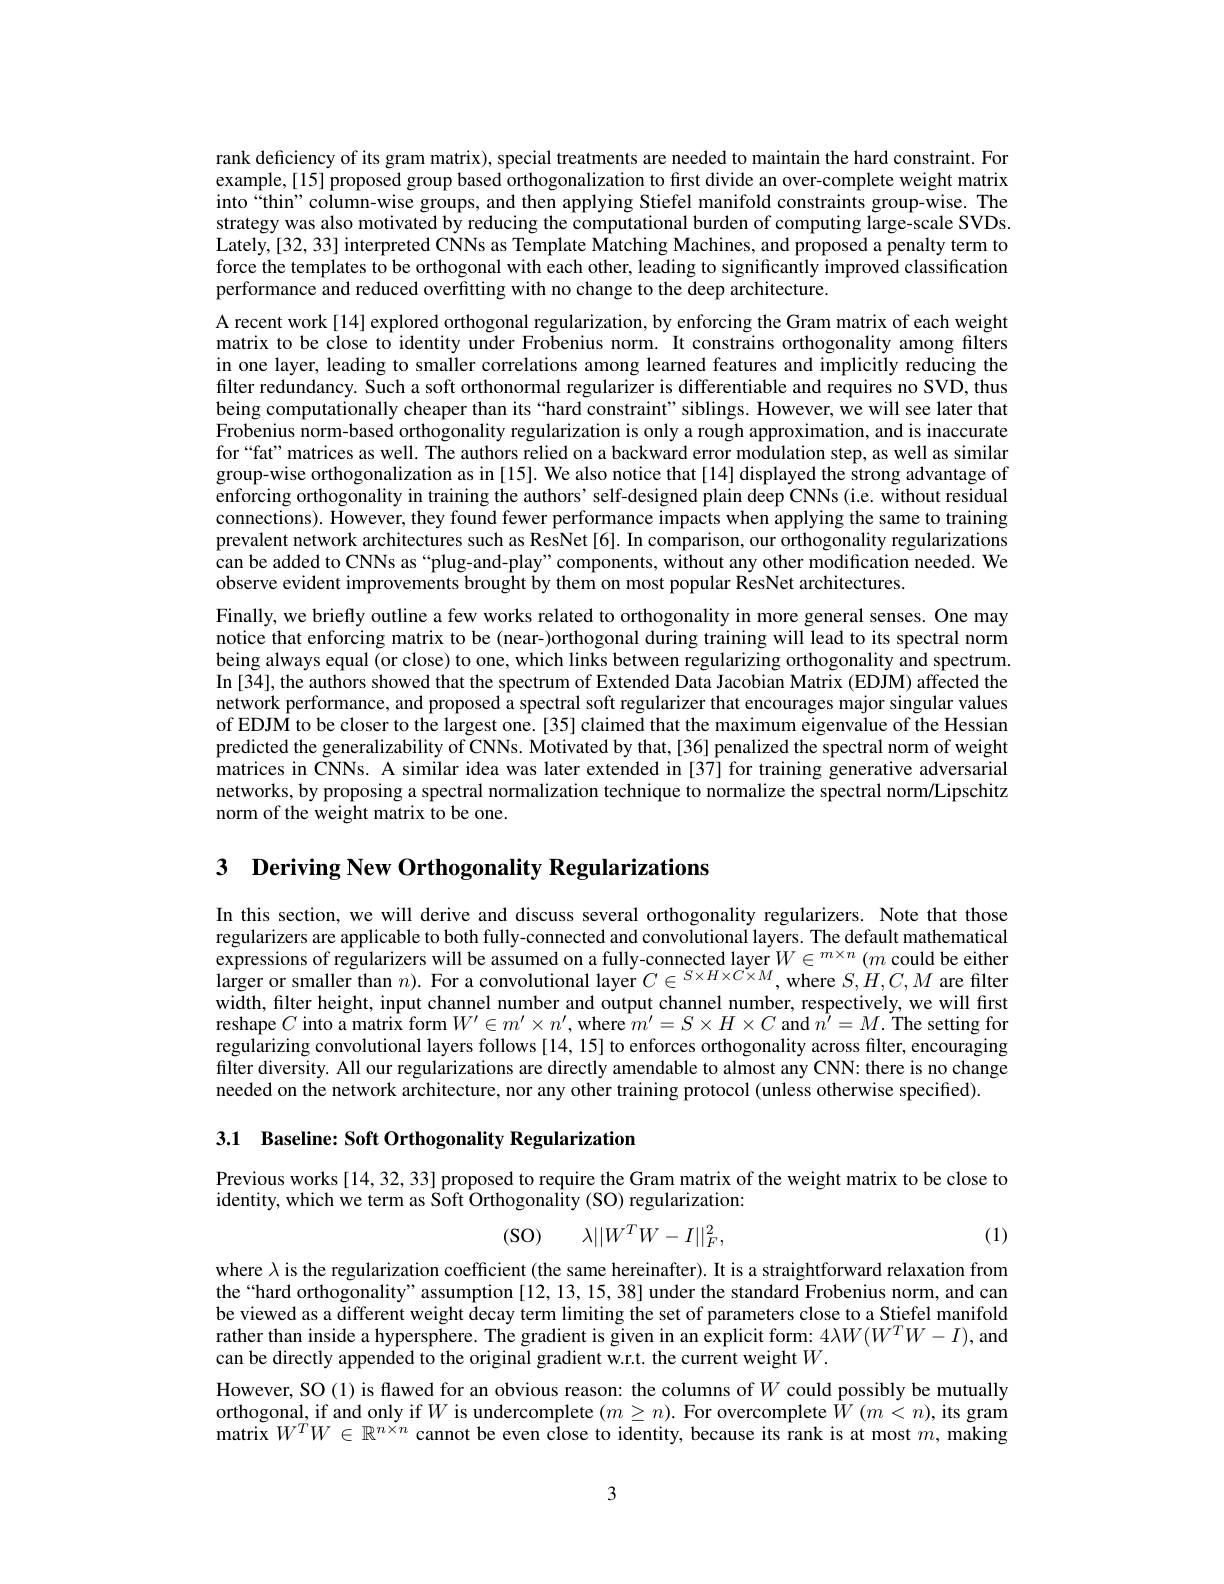
rank deficiency of its gram matrix), special treatments are needed to maintain the hard constraint. For example,[15] proposed group based orthogonalization to first divide an over-complete weight matrix into“thin” column-wise groups, and then applying Stiefel manifold constraints group-wise. The strategy was also motivated by reducing the computational burden of computing large-scale SVDs Lately,[32,33] interpreted CNNs as Template Matching Machines, and proposed a penalty term to force the templates to be orthogonal with each other, leading to significantly improved classification performance and reduced overfitting with no change to the deep architecture.

A recent work[14] explored orthogonal regularization, by enforcing the Gram matrix of each weight matrix to be close to identity under Frobenius norm. It constrains orthogonality among filters in one layer, leading to smaller correlations among learned features and implicitly reducing the filter redundancy. Such a soft orthonormal regularizer is differentiable and requires no SVD, thus being computationally cheaper than its “hard constraint”siblings. However, we will see later that Frobenius norm-based orthogonality regularization is only a rough approximation, and is inaccurate for“fat” matrices as well. The authors relied on a backward error modulation step, as well as similar group-wise orthogonalization as in[15]. We also notice that[14] displayed the strong advantage of enforcing orthogonality in training the authors' self-designed plain deep CNNs (i.e. without residual connections). However, they found fewer performance impacts when applying the same to training prevalent network architectures such as ResNet[6]. In comparison, our orthogonality regularizations can be added to CNNs as “plug-and-play”components, without any other modification needed. We observe evident improvements brought by them on most popular ResNet architectures.
Finally, we briefly outline a few works related to orthogonality in more general senses. One may notice that enforcing matrix to be (near-)orthogonal during training will lead to its spectral norm being always equal (or close) to one, which links between regularizing orthogonality and spectrum. In[34], the authors showed that the spectrum of Extended Data Jacobian Matrix (EDJM) affected the network performance, and proposed a spectral soft regularizer that encourages major singular values of EDJM to be closer to the largest one. [35] claimed that the maximum eigenvalue of the Hessian predicted the generalizability of CNNs. Motivated by that,[36] penalized the spectral norm of weight matrices in CNNs. A similar idea was later extended in [37] for training generative adversarial networks, by proposing a spectral normalization technique to normalize the spectral norm/Lipschitz norm of the weight matrix to be one.

3 Deriving New Orthogonality Regularizations

In this section, we will derive and discuss several orthogonality regularizers. Note that those regularizers are applicable to both fully-connected and convolutional layers. The default mathematical expressions of regularizers will be assumed on a fully-connected layer$\tilde{W}\in{^{m\times n}(m\text{ could be either})}$ $\hat{\text{larger or smaller than }n}).$ For a convolutional layer $C\in^S\times H\times C\times M$, where $S,H,C,M$ are filter width, filter height, input channel number and output channel number, respectively, we will first reshape $C$ into a matrix form $W^\prime\in m^{\prime}\times n^{\prime}$, where $\hat m^{\prime}=S\times H\times C$ and $\hat{n^{\prime}}=M.$ The setting for regularizing convolutional layers follows[14,15] to enforces orthogonality across filter, encouraging filter diversity. All our regularizations are directly amendable to almost any CNN: there is no change needed on the network architecture, nor any other training protocol (unless otherwise specified).

3.1 Baseline: Soft Orthogonality Regularization

Previous works[14,32,33] proposed to require the Gram matrix of the weight matrix to be close to
identity, which we term as Soft Orthogonality (SO) regularization:

(SO)
$$\lambda||W^TW-I||_F^2,$$
(1)

where $\lambda$ is the regularization coefficient (the same hereinafter). It is a straightforward relaxation from the“hard orthogonality”assumption [12,13,15,38] under the standard Frobenius norm, and can be viewed as a different weight decay term limiting the set of parameters close to a Stiefel manifold rather than inside a hypersphere. The gradient is given in an explicit form: $4\lambda W(W^{T}W-I)$, and can be directly appended to the original gradient w.r.t. the current weight $W.$
However, SO (1) is flawed for an obvious reason: the columns of $W$ could possibly be mutually orthogonal, if and only if $W$ is undercomplete $(m\geq n).$ For overcomplete $\hat{W}(m<n)$, its gram matrix $W^TW\in\mathbb{R}^{n\times n}$ cannot be even close to identity, because its rank is at most $m$, making

3